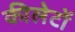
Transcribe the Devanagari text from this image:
कीलेटों